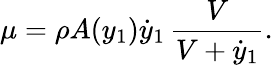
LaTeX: \mu=\rho A(y_{1})\dot{y}_{1}\, \frac{V}{V+\dot{y}_{1}}.